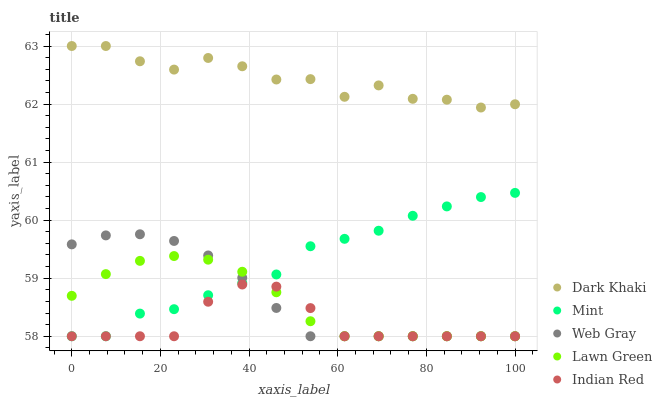
| xaxis_label | Dark Khaki | Mint | Web Gray | Lawn Green | Indian Red |
 | --- | --- | --- | --- | --- | --- |
 | 0 | 63 | 58 | 59.6 | 58.7 | 58 |
 | 7.69 | 63 | 58 | 59.7 | 59.1 | 58 |
 | 15.4 | 62.7 | 58.4 | 59.8 | 59.3 | 58 |
 | 23.1 | 62.6 | 58.5 | 59.6 | 59.4 | 58 |
 | 30.8 | 62.8 | 58.7 | 59.4 | 59.3 | 58.6 |
 | 38.5 | 62.7 | 58.9 | 59 | 59.1 | 58.9 |
 | 46.2 | 62.4 | 59.1 | 58.5 | 58.8 | 58.9 |
 | 53.8 | 62.4 | 59.6 | 58 | 58.3 | 58.5 |
 | 61.5 | 62.1 | 59.7 | 58 | 58 | 58 |
 | 69.2 | 62.3 | 59.8 | 58 | 58 | 58 |
 | 76.9 | 62.1 | 60.1 | 58 | 58 | 58 |
 | 84.6 | 62.1 | 60.2 | 58 | 58 | 58 |
 | 92.3 | 61.9 | 60.4 | 58 | 58 | 58 |
 | 100 | 62 | 60.5 | 58 | 58 | 58 |